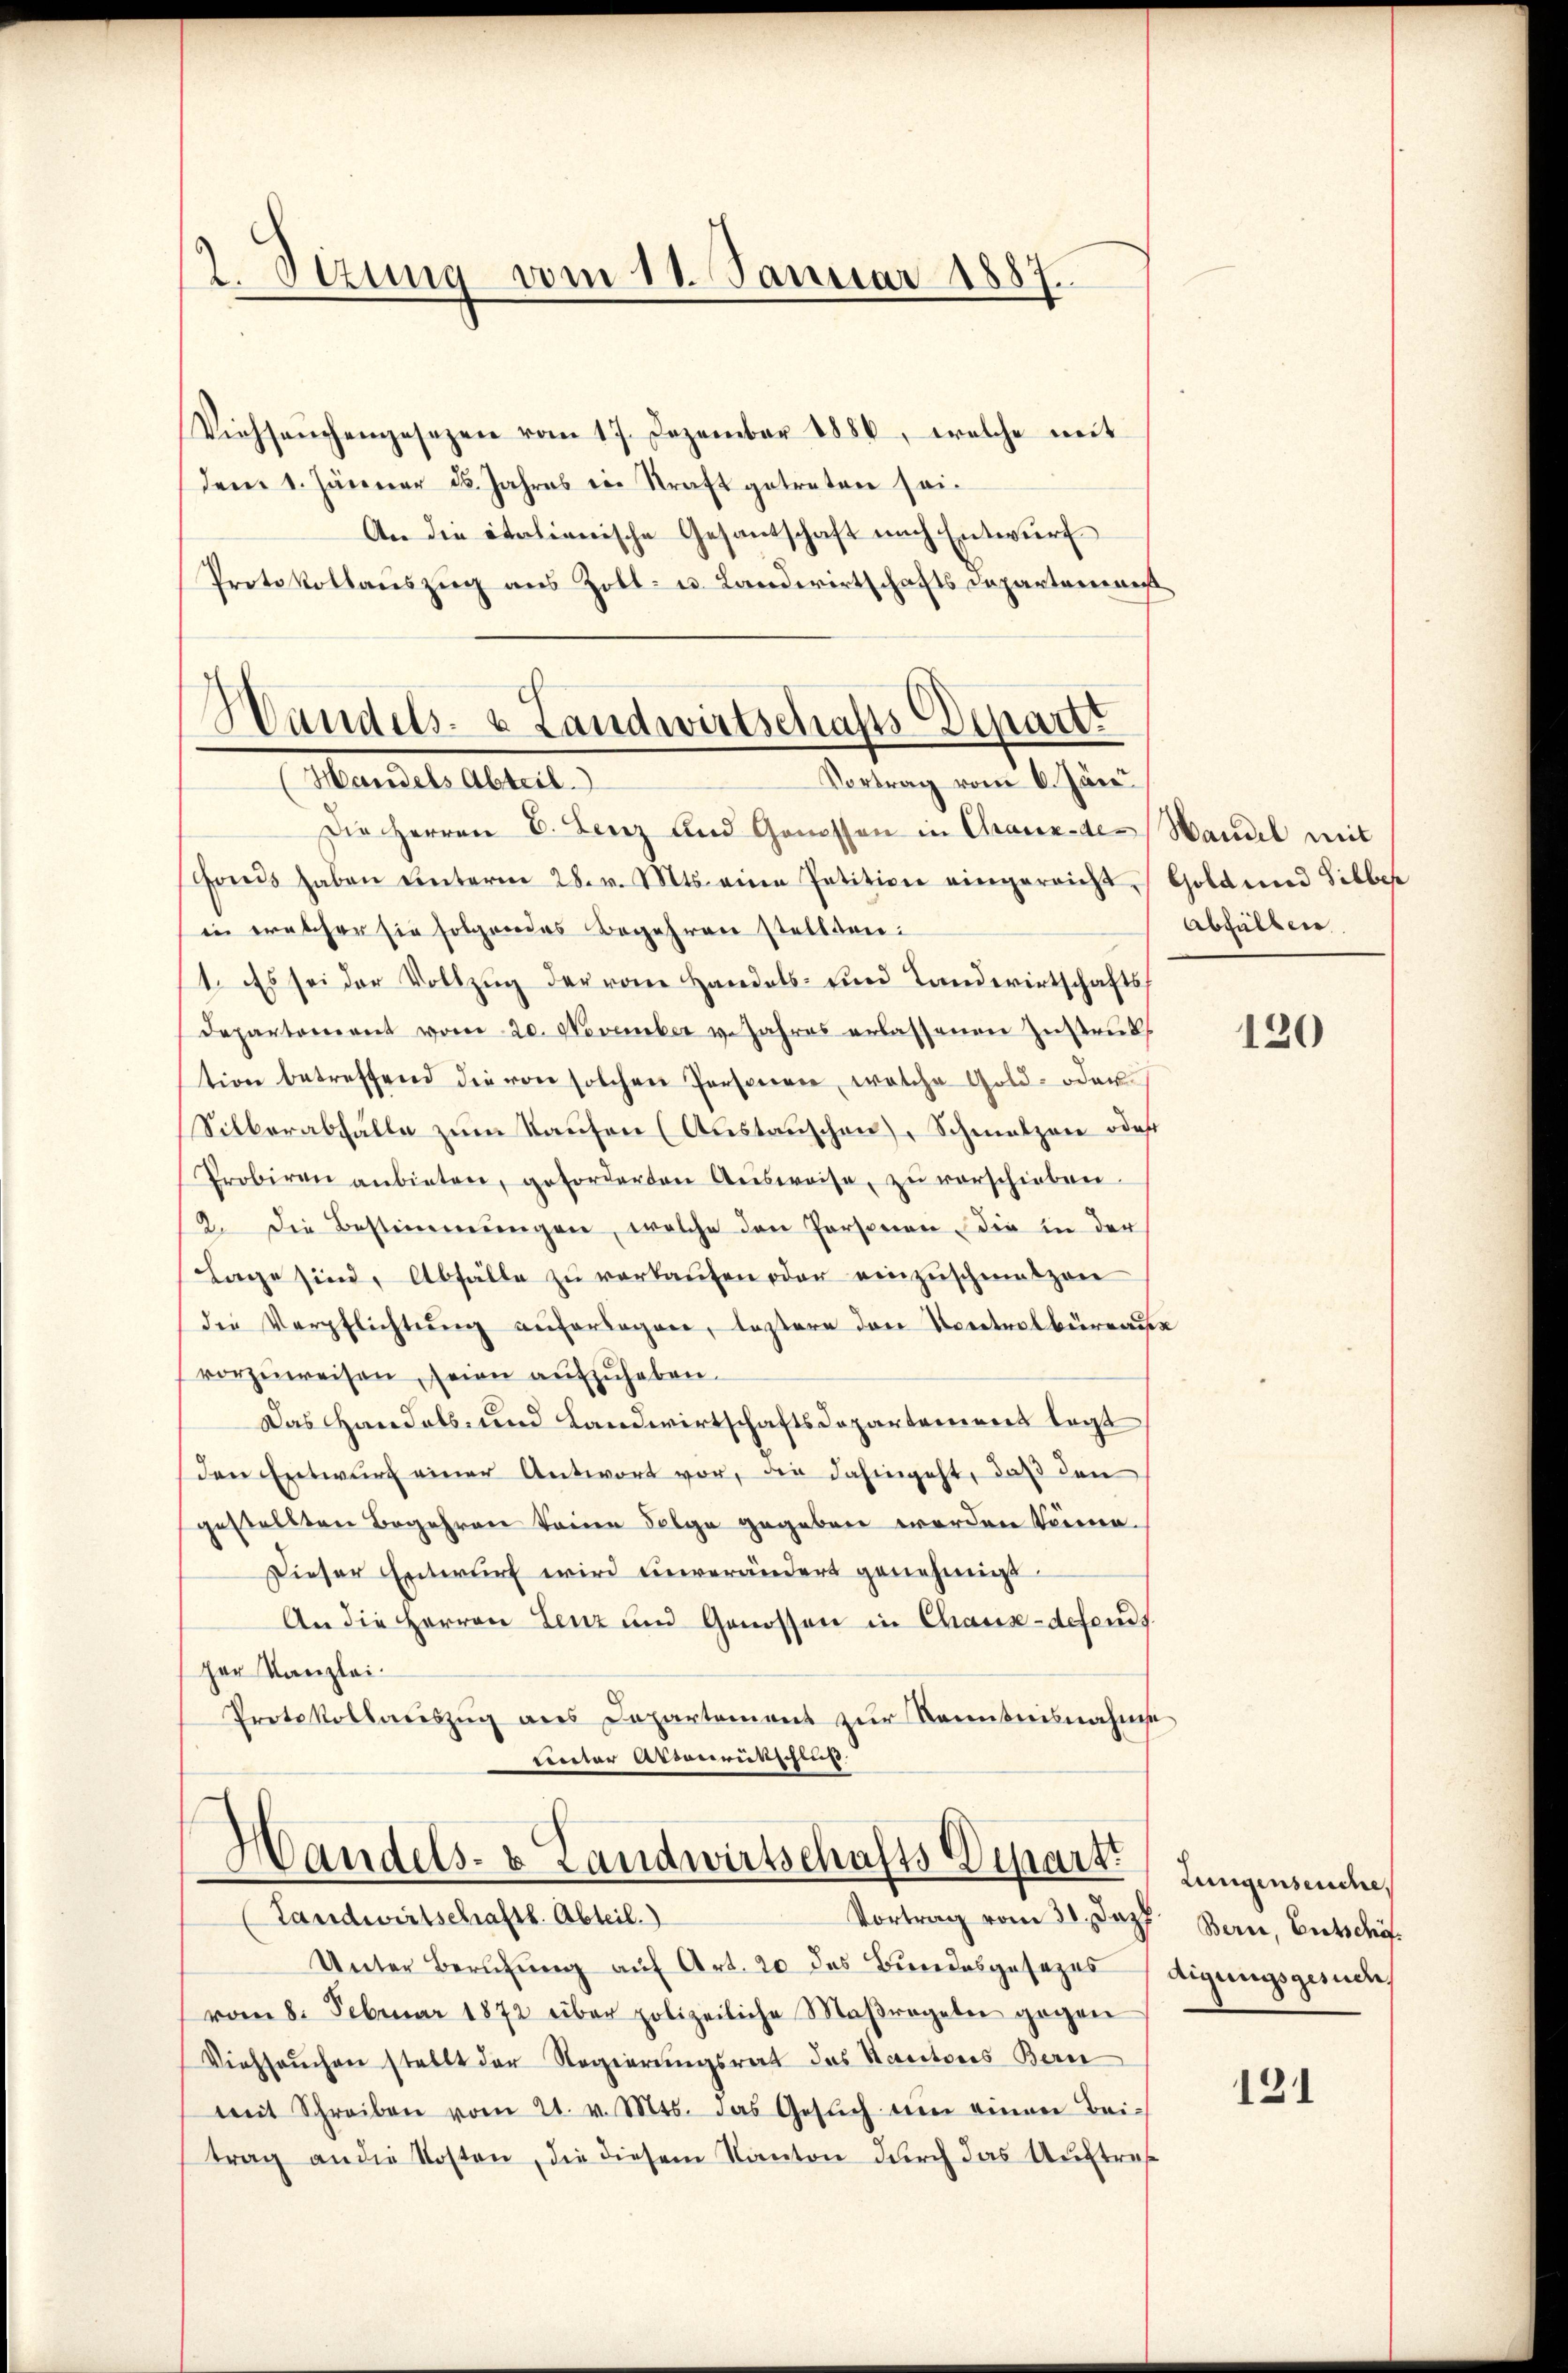
2. Sizung vom 11. Januar 1887

Viehseuchengesezen vom 17. Dezember 1886, welche mit
dem 1. Jänner d. Jahres in Straft getreten sei¬
An die italienische Gesandschaft nach Entwurf
Protokollauszug aus Zoll- u. Landwirtschafts Departement

Handels- & Landwirtschafts Departt
Mandel Alle
Vortrag vom 6. Jän

Die Herren B. Lenz und Genossen in Chaux-der Handel mit
Fonds haben ŭnterm 28. v. Mts. eine Petition eingereicht, Gold und Silber
in welcher sie folgendes Begehren stellten:
1. Es sei der Vollzug der vom Handels- und Landerirtschaftsdepartorient vom 20. November v. Jahres erlassenen Zustaub
tion betreffend die von solchen Persperre, welche Gold- oder
Silberabfälle zum Kaufen (Austauschen), Schmalzen ode
Probiren anbieten, geforderten Aŭsweise, zŭ verschieben.
12. Die Bestimmungen, welche den Personen die in der
lage sind, Abfälle zu verkaŭfen oder einzuschwatzen
die Verpflichtŭng auferbogen, leztere den Kontrolbureause
vorzŭweisen, seien aŭfzŭheben.
Das Handels- und Landwirtschaftsdepartement legt
den Entwurf einer Antwort vor, die dahingeht, daß den
gestellten Begehren keine Folge gegeben worden könne.
Dieser Entwurf wird unverändert genehmigt.
An die Herren Lenz und Genossen in Chaux-defonds.
ger Kanzlei¬
Protokollaŭszŭg ans Departement zŭr Kenntnisnahme
einer Absenrütschluß

Handels- & Landwirtschafts Departt
(Landwirtschaftl. Abteil.)

Vortrag vom 30. Jezt Bern, Entschäf¬
Unter Berufung auf Art. 20 des Bundesgesezes digungsgesuche.
vom 8. Februar 1872 über polizeiliche Maßregelei gegen
Viehseuchen stellt der Regierungsrat des Kantons Bern
mit Schreiben vom 21. v. Mts. das Gesŭch um einen Bei-
trag an die Kosten, die diesem Kanton durch das Auftraf

Absalben

120

Lungenseuche

121